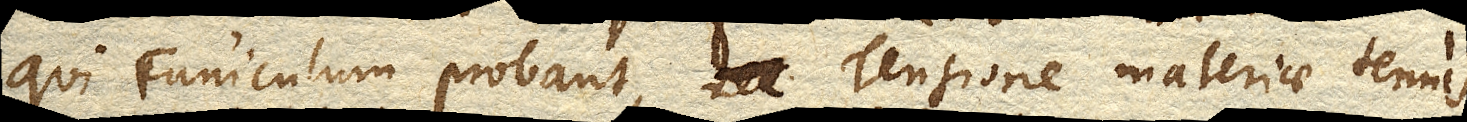
qui Funiculum probant, Tensione materiae tenuis